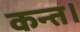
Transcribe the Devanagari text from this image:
कन्‍त।